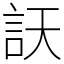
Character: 䚶